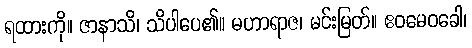
ရထားကို။ ဇာနာသိ၊ သိပါပေ၏။ မဟာရာဇ၊ မင်းမြတ်။ ဧဝမေဝခေါ၊